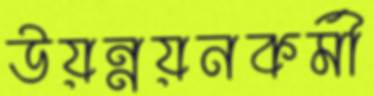
উয়ন্নয়নকর্মী